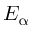
E _ { \upalpha }